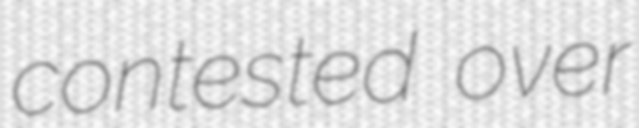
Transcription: contested over